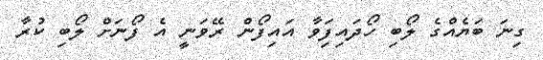
ގިނަ ބަޔެއްގެ ލޯބި ހޯދައިފަިވާ އައިފޯން ރޭވަނީ އެ ފޯނަށް ލޯބި ކުރާ